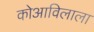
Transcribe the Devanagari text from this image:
कोआविलाला